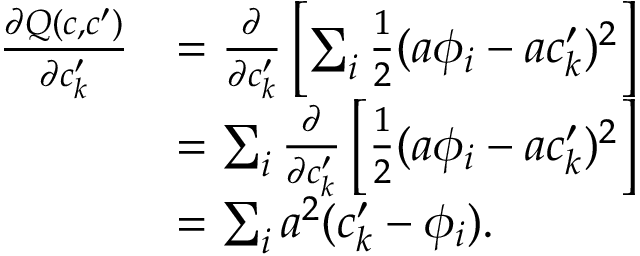
\begin{array} { r l } { \frac { \partial Q ( c , c ^ { \prime } ) } { \partial c _ { k } ^ { \prime } } } & { = \frac { \partial } { \partial c _ { k } ^ { \prime } } \left[ \sum _ { i } \frac { 1 } { 2 } ( a \phi _ { i } - a c _ { k } ^ { \prime } ) ^ { 2 } \right] } \\ & { = \sum _ { i } \frac { \partial } { \partial c _ { k } ^ { \prime } } \left[ \frac { 1 } { 2 } ( a \phi _ { i } - a c _ { k } ^ { \prime } ) ^ { 2 } \right] } \\ & { = \sum _ { i } a ^ { 2 } ( c _ { k } ^ { \prime } - \phi _ { i } ) . } \end{array}